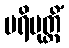
ပရိမုတ္တိံ